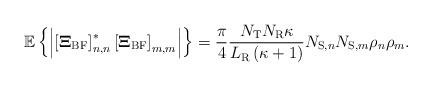
LaTeX: \begin{align*}{\mathbb E}\left\{ {\left| {\left[ {{{\bf{\Xi }}_{{\rm{BF}}}}} \right]_{n,n}^*{{\left[ {{{\bf{\Xi }}_{{\rm{BF}}}}} \right]}_{m,m}}} \right|} \right\} = \frac{\pi}{4}\frac{{{N_{\rm{T}}}{N_{\rm{R}}}\kappa }}{{{L_{\rm{R}}}\left( {\kappa + 1} \right)}}{N_{{\rm{S}},n}}{N_{{\rm{S}},m}}{\rho _n}{\rho _m}.\end{align*}